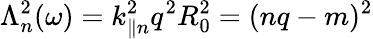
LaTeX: \Lambda_{n}^{2}(\omega)=k_{\parallel n}^{2}q^{2}R_{0}^{2}=(nq-m)^{2}